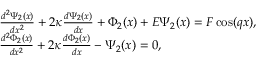
\begin{array} { r l } & { \frac { { { d ^ { 2 } } \Psi _ { 2 } ( x ) } } { { d { x ^ { 2 } } } } + 2 \kappa \frac { { d \Psi _ { 2 } ( x ) } } { { d x } } + \Phi _ { 2 } ( x ) + E \Psi _ { 2 } ( x ) = F \cos ( q x ) , } \\ & { \frac { { { d ^ { 2 } } \Phi _ { 2 } ( x ) } } { { d { x ^ { 2 } } } } + 2 \kappa \frac { { d \Phi _ { 2 } ( x ) } } { { d x } } - \Psi _ { 2 } ( x ) = 0 , } \end{array}